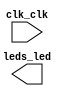

module LevinsonDurbinTest (
	clk_clk,
	leds_led);	

	input		clk_clk;
	output	[7:0]	leds_led;
endmodule